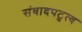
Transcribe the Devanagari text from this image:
संवादपटुत्व